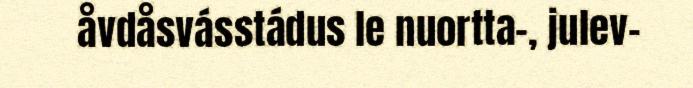
åvdåsvásstádus le nuortta-, julev-